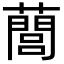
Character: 䕡